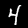
Digit: 4